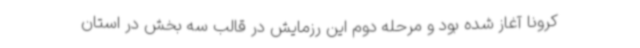
کرونا آغاز شده بود و مرحله دوم این رزمایش در قالب سه بخش در استان